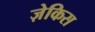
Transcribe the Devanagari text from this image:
ज़ेकिस